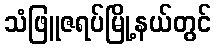
သံဖြူဇရပ်မြို့နယ်တွင်